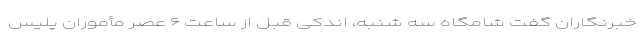
خبرنگاران گفت شامگاه سه شنبه، اندکی قبل از ساعت ۶ عصر مأموران پلیس